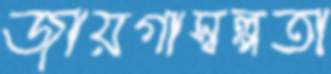
জায়গাস্বল্পতা